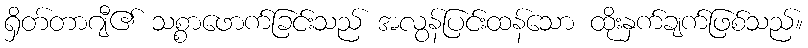
ရှိတ်တာဂျီ၏ သစ္စာဖောက်ခြင်းသည် အလွန်ပြင်းထန်သော ထိုးနှက်ချက်ဖြစ်သည်။